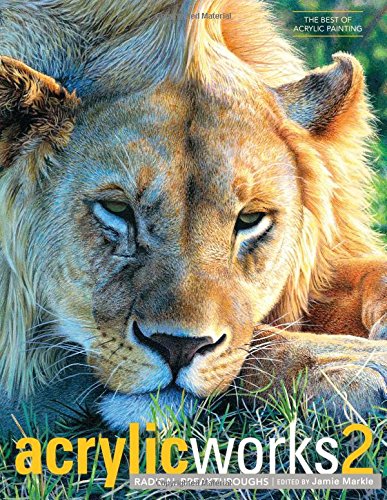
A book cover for Acrylicworks 2: Radical Breakthroughs (AcrylicWorks: The Best of Acrylic Painti); Arts & Photography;